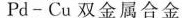
Pd-Cu双金属合金